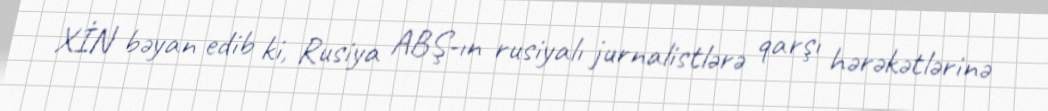
XİN bəyan edib ki, Rusiya ABŞ-ın rusiyalı jurnalistlərə qarşı hərəkətlərinə